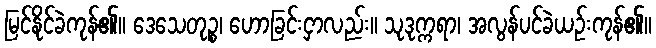
မြင်နိုင်ခဲကုန်၏။ ဒေသေတုဉ္စ၊ ဟောခြင်းငှာလည်း။ သုဒုက္ကရာ၊ အလွန်ပင်ခဲယဉ်းကုန်၏။